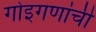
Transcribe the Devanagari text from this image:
गोइगणांची